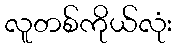
လူတစ်ကိုယ်လုံး